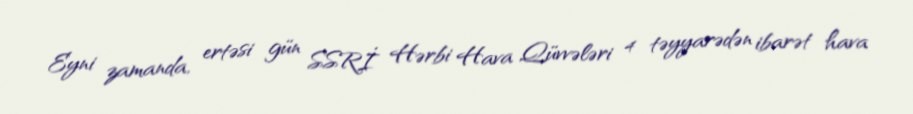
Eyni zamanda, ertəsi gün SSRİ Hərbi Hava Qüvvələri 4 təyyarədən ibarət hava